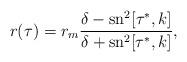
LaTeX: \begin{align*}r(\tau)=r_m\frac{\delta-\mbox{sn}^2[\tau^*,k]}{\delta+\mbox{sn}^2[\tau^*,k]},\end{align*}